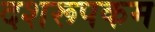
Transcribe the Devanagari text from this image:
दशरूपकम